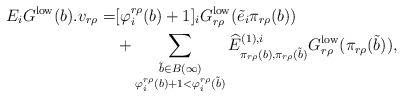
LaTeX: \begin{align*}E_iG^{\mathrm{low}}(b).v_{r\rho}=&[ \varphi_i^{r\rho}(b)+1]_iG_{r\rho}^{\mathrm{low}}(\tilde{e}_i\pi_{r\rho}(b))\\&+\sum_{\substack{\tilde{b}\in B(\infty)\\ \varphi_i^{r\rho}(b)+1<\varphi_i^{r\rho}(\tilde{b})}}\widehat{E}_{\pi_{r\rho}(b), \pi_{r\rho}(\tilde{b})}^{(1), i}G_{r\rho}^{\mathrm{low}}(\pi_{r\rho}(\tilde{b})),\end{align*}